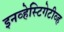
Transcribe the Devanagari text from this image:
इनव्हेस्टिगेटीव्ह